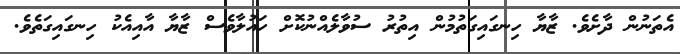
އެތަނުން ދާށެވެ. ޒާޔާ ހިނގައިގަތުމުން އިތުރު ސުވާލެއްނުކޮށް ހައުލާވެސް ޒާޔާ އާއިއެކު ހިނގައިގަތެވެ.